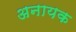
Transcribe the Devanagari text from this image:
अनायक